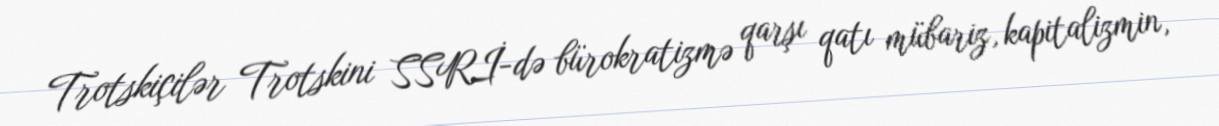
Trotskiçilər Trotskini SSRİ-də bürokratizmə qarşı qatı mübariz, kapitalizmin,